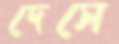
দেসে